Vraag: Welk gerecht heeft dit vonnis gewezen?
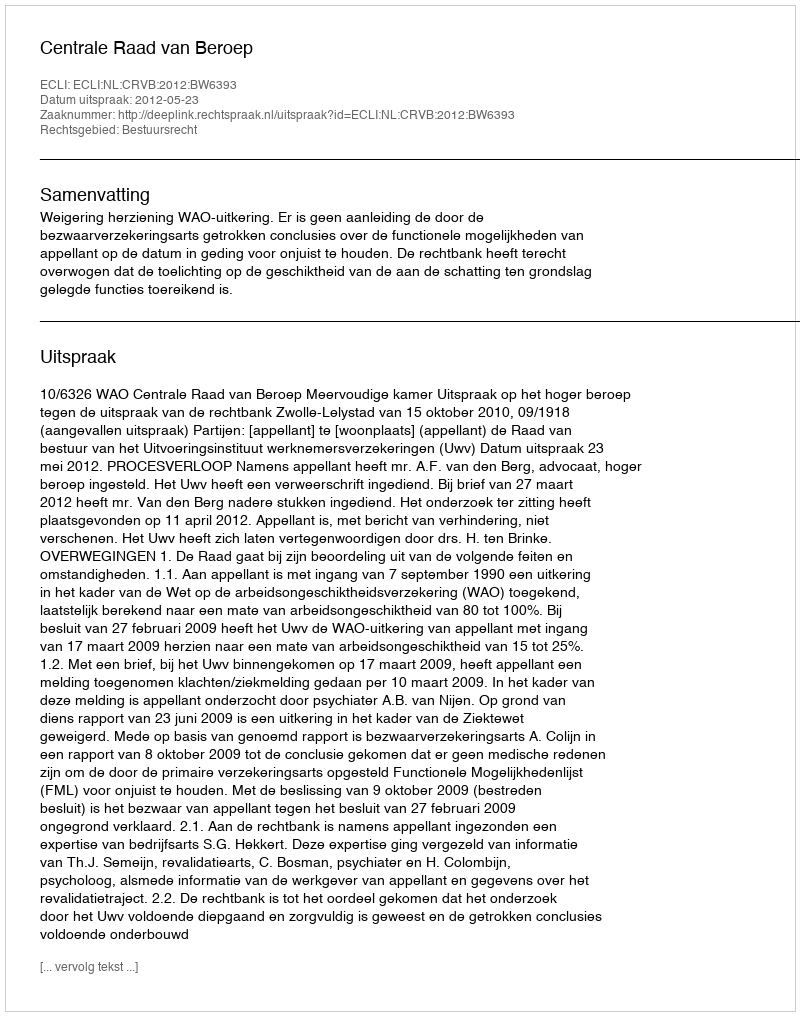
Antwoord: Centrale Raad van Beroep